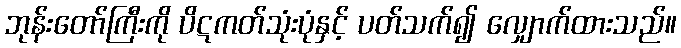
ဘုန်းတော်ကြီးကို ပိဋကတ်သုံးပုံနှင့် ပတ်သက်၍ လျှောက်ထားသည်။